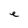
Character: e